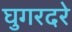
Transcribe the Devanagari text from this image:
घुगरदरे